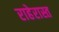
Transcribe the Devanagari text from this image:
राहेरास्त